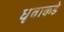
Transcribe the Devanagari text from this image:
धृवाकडे